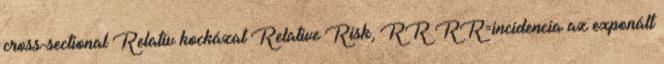
cross-sectional Relatív kockázat Relative Risk, RR RR=incidencia az exponált